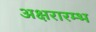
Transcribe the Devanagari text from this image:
अक्षरारम्भ